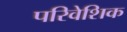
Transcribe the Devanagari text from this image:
परिवेशिक